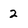
Character: 2